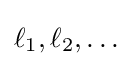
\ell _{1},\ell _{2},\dots